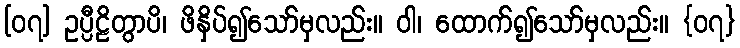
[၀၇] ဥပ္ပီဠိတွာပိ၊ ဖိနှိပ်၍သော်မှလည်း။ ဝါ၊ ထောက်၍သော်မှလည်း။ {၀၇}